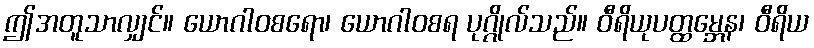
ဤအတူသာလျှင်။ ယောဂါဝစရော၊ ယောဂါဝစရ ပုဂ္ဂိုလ်သည်။ ဝီရိယုပတ္ထမ္ဘေန၊ ဝီရိယ